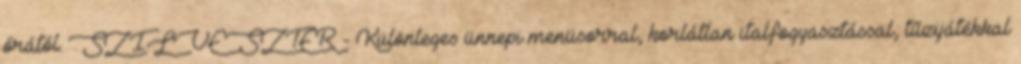
órától. SZILVESZTER - Különleges ünnepi menüsorral, korlátlan italfogyasztással, tűzijátékkal